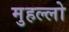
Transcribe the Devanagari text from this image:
मुहल्लो